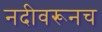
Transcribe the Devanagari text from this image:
नदीवरूनच